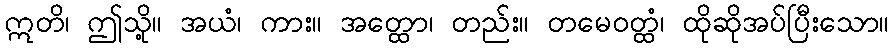
ဣတိ၊ ဤသို့။ အယံ၊ ကား။ အတ္ထော၊ တည်း။ တမေဝတ္ထံ၊ ထိုဆိုအပ်ပြီးသော။